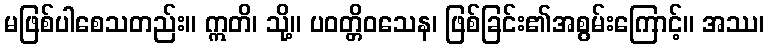
မဖြစ်ပါစေသတည်း။ ဣတိ၊ သို့။ ပဝတ္တိဝသေန၊ ဖြစ်ခြင်း၏အစွမ်းကြောင့်။ အဿ၊